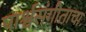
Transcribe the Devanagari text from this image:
पार्श्वसंगीताचा